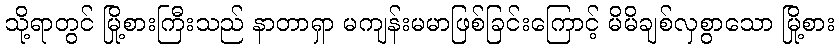
သို့ရာတွင် မြို့စားကြီးသည် နာတာရှာ မကျန်းမမာဖြစ်ခြင်းကြောင့် မိမိချစ်လှစွာသော မြို့စား